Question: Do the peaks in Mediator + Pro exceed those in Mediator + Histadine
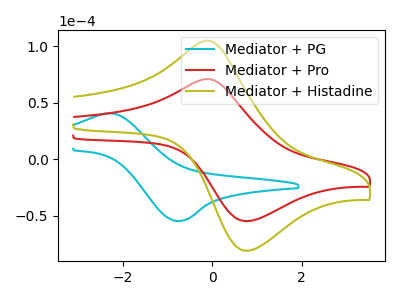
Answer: <think>The cyan curve "Mediator + PG" has an anodic peak at (-2.25V, 40.50uA) and a cathodic peak at (-0.75V, -54.55uA). The red curve "Mediator + Pro" has an anodic peak at (-0.10V, 70.90uA) and a cathodic peak at (0.75V, -54.80uA). The olive curve "Mediator + Histadine" has an anodic peak at (-0.10V, 104.75uA) and a cathodic peak at (0.75V, -80.95uA).</think>
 <answer>Every peak in "Mediator + Pro" is lower than every peak in "Mediator + Histadine".</answer>
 <eval>lower</eval>